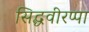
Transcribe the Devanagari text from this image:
सिद्धवीरप्पा